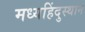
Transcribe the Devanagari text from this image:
मध्यहिंदुस्थान